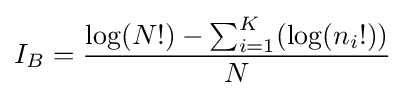
I_{B}={\frac {\log(N!)-\sum _{i=1}^{K}(\log(n_{i}!))}{N}}